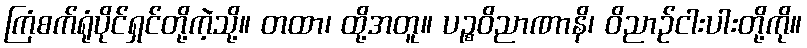
ကြံစက်ရုံပိုင်ရှင်တို့ကဲ့သို့။ တထာ၊ ထို့အတူ။ ပဉ္စဝိညာဏာနိ၊ ဝိညာဉ်ငါးပါးတို့ကို။